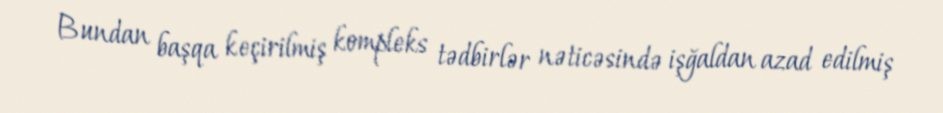
Bundan başqa keçirilmiş kompleks tədbirlər nəticəsində işğaldan azad edilmiş